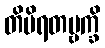
တိမိရတမ္ဗက္ခိ